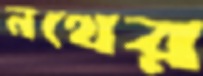
নথের